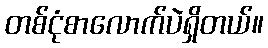
တစ်ငုံစာလောက်ပဲရှိတယ်။